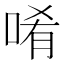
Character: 𠴳